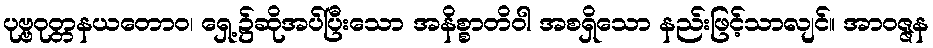
ပုဗ္ဗဝုတ္တနယတောဝ၊ ရှေ့၌ဆိုအပ်ပြီးသော အနိစ္စာတိဝါ အစရှိသော နည်းဖြင့်သာလျင်။ အာဝဇ္ဇန